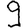
Digit: 9